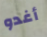
أغدو